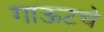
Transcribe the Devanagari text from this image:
गाऊटचे